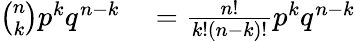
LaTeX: \begin{array}{rl}{{\binom{n}{k}}p^{k}q^{n-k}}&{{}={\frac{n!}{k!(n-k)!}}p^{k}q^{n-k}}\end{array}